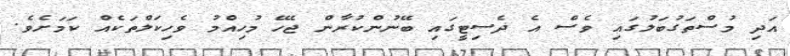
އަދި މުސްތަގުބަލުގައި ވެސް އެ ދެސިޓީގައި ބޭނުންކުރާން ޖެހޭ މުހިއްމު ވެހިކަލްތަކެއް ކަމަށެވެ.